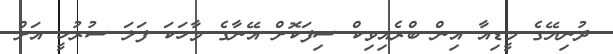
ދުނިޔޭގެ މީޑިއާ އިން ބްރެއިވިކް ސިފަކޮށް އޭނާގެ ވާހަކަ ފަލަ ސުރުހީ އަށް